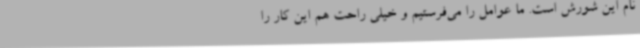
نام این شورش است. ما عوامل را می‌فرستیم و خیلی راحت هم این کار را